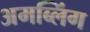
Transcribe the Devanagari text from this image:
अमब्लिंग